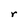
Character: r